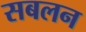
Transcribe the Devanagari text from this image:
सबलन